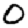
Digit: 0